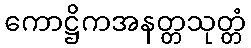
ကောဋ္ဌိကအနတ္တသုတ္တံ